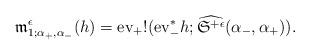
LaTeX: \begin{align*}\frak m^{\epsilon}_{1;\alpha_+,\alpha_-}(h)={\rm ev}_{+}!({\rm ev}_{-}^* h;\widehat{\frak S^{+ \epsilon}}(\alpha_-,\alpha_+)).\end{align*}